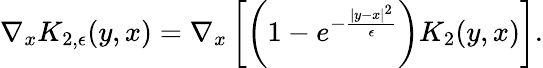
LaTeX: \nabla_{x}K_{2,\epsilon}(y,x)=\nabla_{x}\left[\left(1-e^{-\frac{|y-x|^{2}}{\epsilon}}\right)K_{2}(y,x)\right].